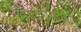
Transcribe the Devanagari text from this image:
पेढ्यांची